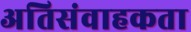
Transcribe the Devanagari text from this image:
अतिसंवाहकता